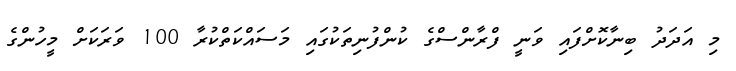
މި އަދަދު ބިނާކޮށްފައި ވަނީ ފްރާންސްގެ ކުންފުނިތަކުގައި މަސައްކަތްކުރާ 100 ވަރަކަށް މީހުންގެ